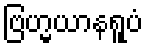
ဗြဟ္မယာနရူပံ